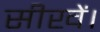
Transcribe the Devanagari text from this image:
सीखें।